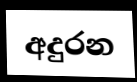
අදුරන